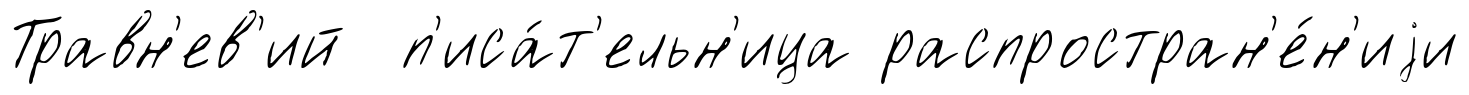
Травн'ев'ий п'иса́т'ельн'ица распростран'е́н'иjи